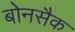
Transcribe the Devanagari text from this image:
बोनसैक